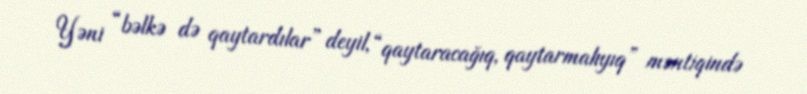
Yəni “bəlkə də qaytardılar” deyil, “qaytaracağıq, qaytarmalıyıq” məntiqində